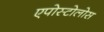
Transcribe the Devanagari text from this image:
एपोस्टोलोस